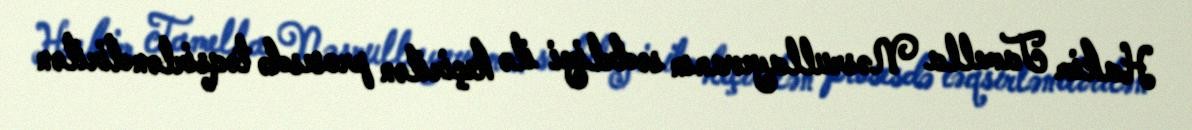
Hakim Tamella Nəsrullayevanın sədrliyi ilə keçirilən prosesdə təqsirləndirilən